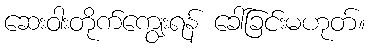
ဆေးဝါးတိုက်ကျွေးရန် ခေါ်ခြင်းမဟုတ်။